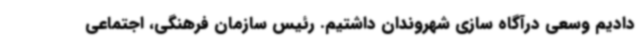
دادیم وسعی درآگاه سازی شهروندان داشتیم. رئیس سازمان فرهنگی، اجتماعی